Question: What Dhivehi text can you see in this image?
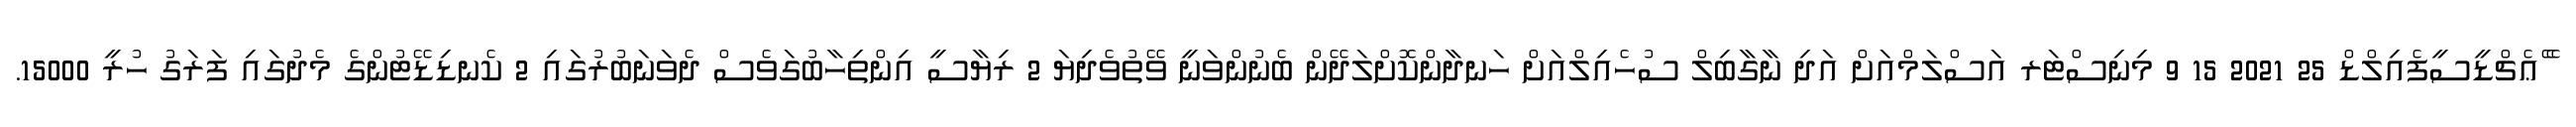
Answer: ޭެޢެޗްޑީސީފެއިލްޑް 25 2021 15 9 މިނިސްޓަރ އަސްލަމްއަށް އަދި ނާގާބިލް ސުހެއިލްއަށް ހަނދާންކޮށްލަދޭން ބެނުންވަނީ ވޭތުވެދިޔަ 2 ރިޔާސީ އިންތިހާބުގަވެސް ދެވަނަބުރުގައި 2 ކެނޑިޑޭޓުންގެ މެދުގައި ފަރަގު ހުރީ 15000.